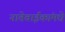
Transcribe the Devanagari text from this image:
नातेवाईकांमधे